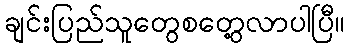
ချင်းပြည်သူတွေစတွေ့လာပါပြီ။